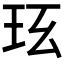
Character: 𤤈